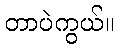
တာပဲကွယ်။